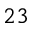
^ { 2 3 }